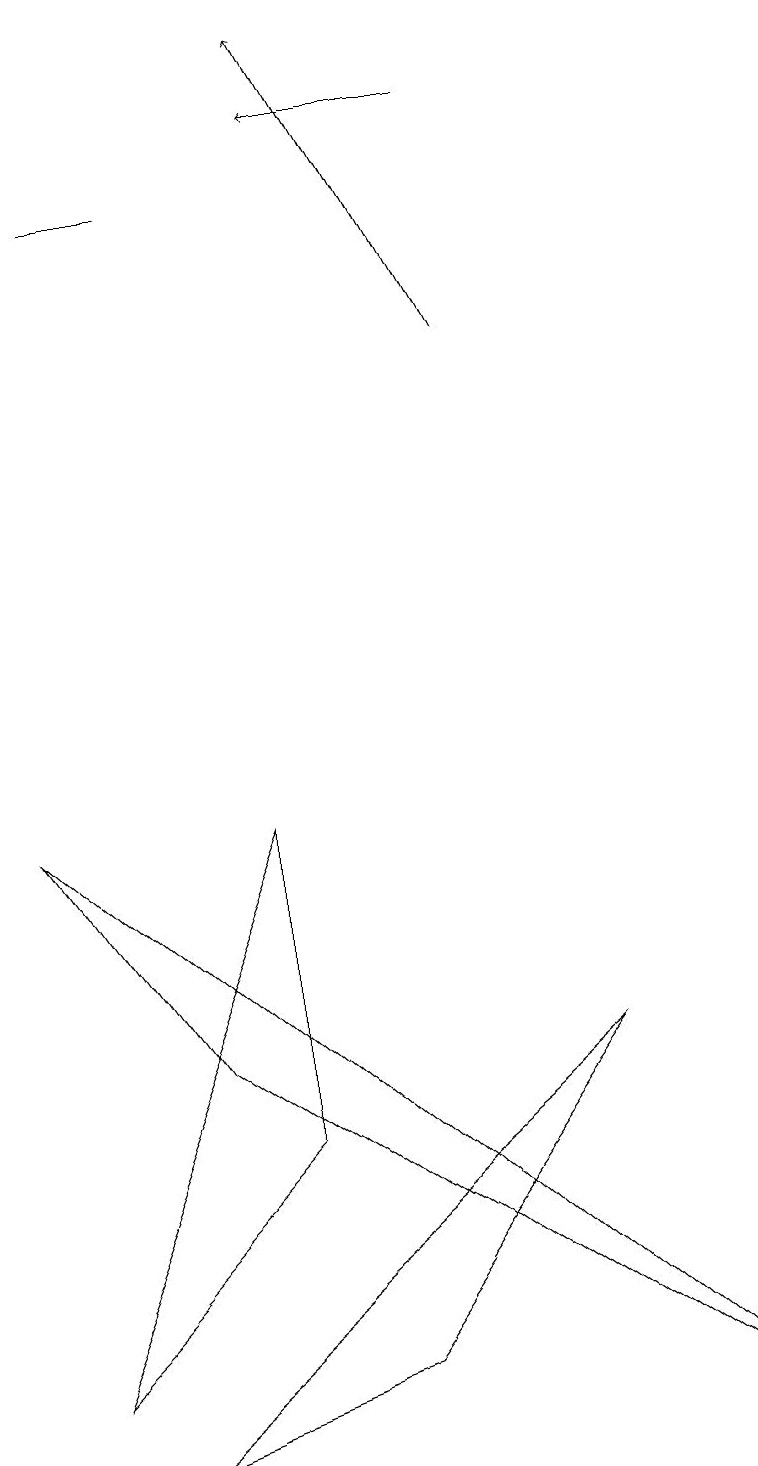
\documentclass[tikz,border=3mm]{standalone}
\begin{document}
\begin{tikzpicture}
\draw (0,1) -- (3,4) -- (3,8) -- cycle;
\draw (1,0) -- (7,5) -- (4,1) -- cycle;
\draw (1,16) rectangle (2,16);
\draw (9,0) -- (0,8) -- (2,5) -- cycle;
\draw[->] (6,17) -- (4,17);
\draw[->] (6,14) -- (4,18);
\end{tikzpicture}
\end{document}